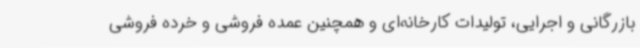
بازرگانی و اجرایی، تولیدات کارخانه‌ای و همچنین عمده فروشی و خرده فروشی